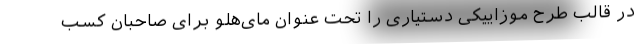
در قالب طرح موزاییکی دستیاری را تحت عنوان مای‌هلو برای صاحبان کسب